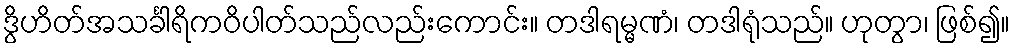
ဒွိဟိတ်အသင်္ခါရိကဝိပါတ်သည်လည်းကောင်း။ တဒါရမ္မဏံ၊ တဒါရုံသည်။ ဟုတွာ၊ ဖြစ်၍။